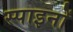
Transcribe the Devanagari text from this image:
स्पाइनों